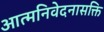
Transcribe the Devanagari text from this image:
आत्मनिवेदनासक्ति